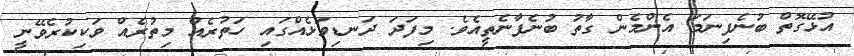
އުޅޭގޮތް ބުނެފިނަމަ އެންމެން ގާތު ބުނެފާނެތީއެވެ. މިފަދަ ދަނޑިވަޅެއްގައި ހަތުރެއް މިތުރެއް ވަކިކުރެވޭނީ